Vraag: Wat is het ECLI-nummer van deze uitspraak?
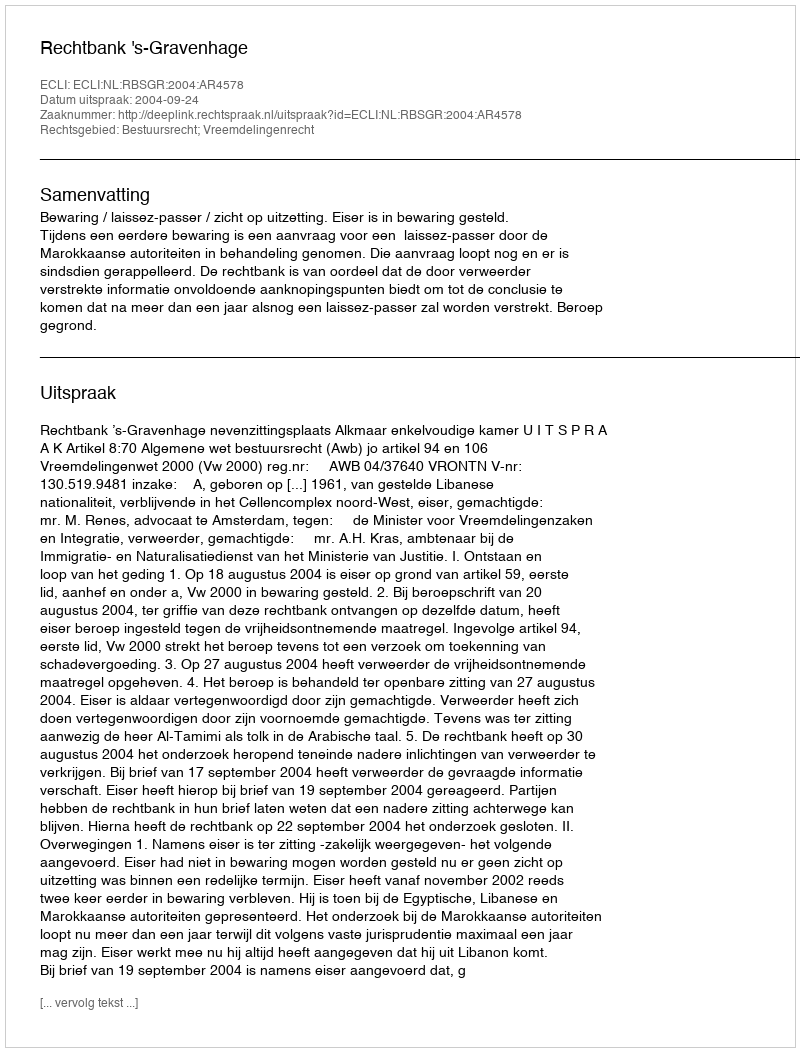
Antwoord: ECLI:NL:RBSGR:2004:AR4578